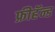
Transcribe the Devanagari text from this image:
फ्रीहॅन्ड